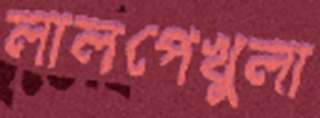
লালপেখুলা